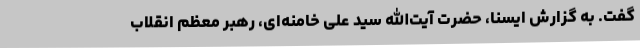
گفت. به گزارش ایسنا، حضرت آیت‌الله سید علی خامنه‌ای، رهبر معظم انقلاب